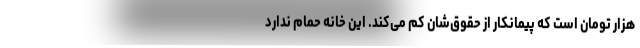
هزار تومان است که پیمانکار از حقوق‌شان کم می‌کند. این خانه حمام ندارد